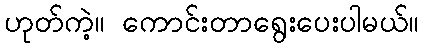
ဟုတ်ကဲ့။ ကောင်းတာရွေးပေးပါမယ်။